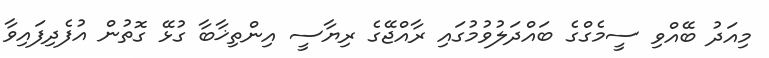
މިއަދު ބޭއްވި ސީމެގްގެ ބައްދަލުވުމުގައި ރާއްޖޭގެ ރިޔާސީ އިންތިޚާބާ ގުޅޭ ގޮތުން އުފެދިފައިވާ